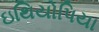
ઇથિયોપિયા